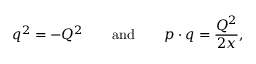
q ^ { 2 } = - Q ^ { 2 } \qquad \mathrm { a n d } \qquad p \cdot q = { \frac { Q ^ { 2 } } { 2 x } } ,